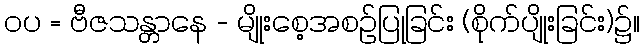
ဝပ = ဗီဇသန္တာနေ - မျိုးစေ့အစဉ်ပြုခြင်း (စိုက်ပျိုးခြင်း)၌။